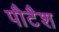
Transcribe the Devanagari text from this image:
पौटैश